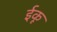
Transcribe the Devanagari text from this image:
ईकू